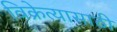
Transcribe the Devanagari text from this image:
विक्रेत्यासाठी